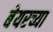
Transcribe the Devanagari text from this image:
बेयरच्या